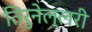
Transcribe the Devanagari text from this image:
तिरुनेल्लरी